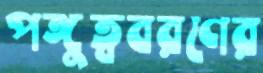
পঙ্গুত্ববরণের